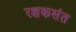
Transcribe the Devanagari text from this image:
रक्षकसंत